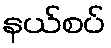
နယ်စပ်